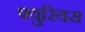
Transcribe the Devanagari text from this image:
फ्युरियस